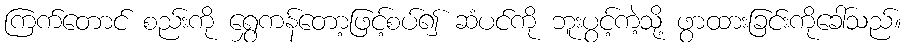
ကြက်တောင် စည်းကို ရွှေကန်တော့ဖြင့်စပ်၍ ဆံပင်ကို ဘူးပွင့်ကဲ့သို့ ဖွာထားခြင်းကိုခေါ်သည်။